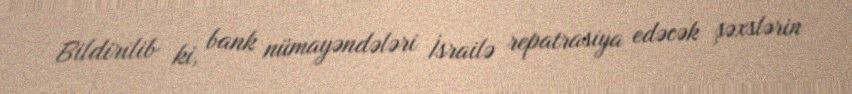
Bildirilib ki, bank nümayəndələri İsrailə repatrasiya edəcək şəxslərin